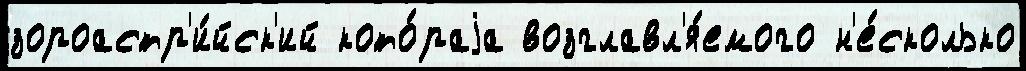
зороастр'и́йск'ий кото́раjа возглавл'я́емого н'е́сколько